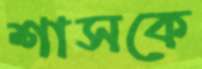
শাসকে